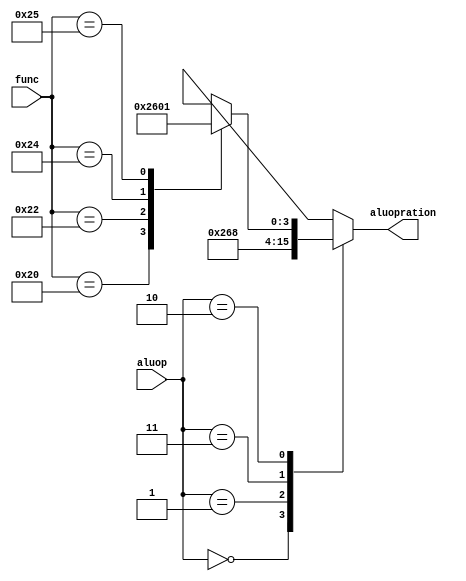
module alucontrol(aluop,func,aluopration);
	input [1:0]aluop;
	input [5:0]func;
	output [3:0]aluopration;
	reg [3:0]aluopration;
	always@(aluop)
	begin
	 casex(aluop)
	  2'b00:aluopration<=4'b0010;
	  2'b01:aluopration<=4'b0110;
	  2'b11:aluopration<=4'b1000;
	  2'b10:begin
		casex(func)
		6'b100000:aluopration<=4'b0010;
		6'b100010:aluopration<=4'b0110;
		6'b100100:aluopration<=4'b0000;
		6'b100101:aluopration<=4'b0001;
		default:aluopration<=4'bxxxx;
		endcase
		end
	  default:aluopration<=4'bxxxx;
	 endcase
	end
endmodule